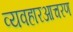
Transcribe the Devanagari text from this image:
व्यवहारआचरण